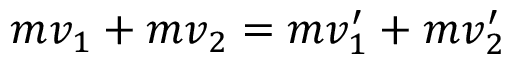
m v _ { 1 } + m v _ { 2 } = m v _ { 1 } ^ { \prime } + m v _ { 2 } ^ { \prime }